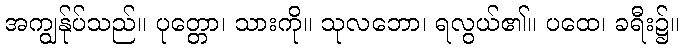
အကျွန်ုပ်သည်။ ပုတ္တော၊ သားကို။ သုလဘော၊ ရလွယ်၏။ ပထေ၊ ခရီး၌။